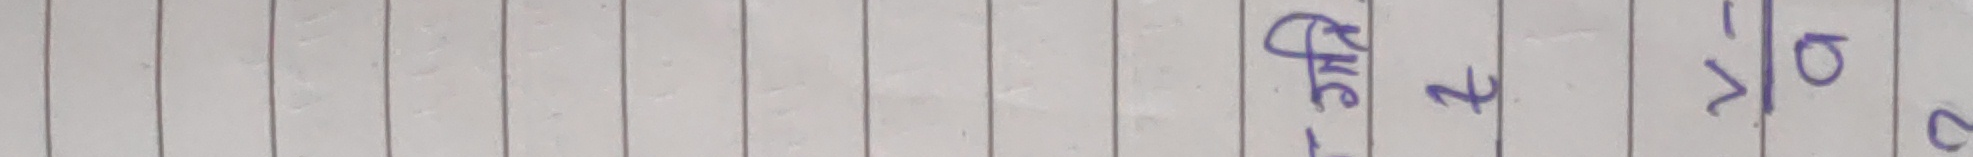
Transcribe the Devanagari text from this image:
शेर २०